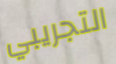
التجريبي